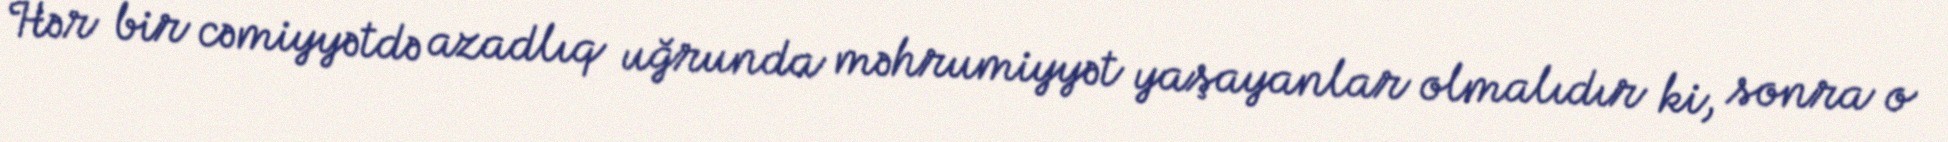
Hər bir cəmiyyətdə azadlıq uğrunda məhrumiyyət yaşayanlar olmalıdır ki, sonra o